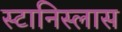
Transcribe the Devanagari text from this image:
स्टानिस्लास